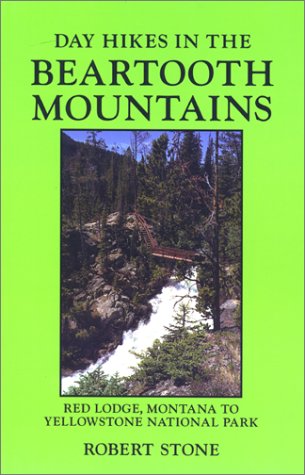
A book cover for Day Hikes in the Beartooth Mountains: Red Lodge, Montana to Yellowstone National Park, 3rd Edition; Robert Stone; Travel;